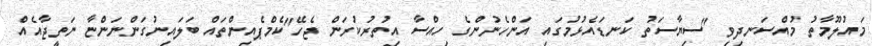
މައުލޫމާތު މުއްސަނދިވި "ސިޔާސަތު ކަނޑައެޅުމުގައި އަންހެނުންގެ ހިއްސާ އިތުރުކުރަން ޖެހޭ"ކެމްޕެއިންތައް ބަލައިނުގަންނަންޏާ ނަތީޖާއެއް